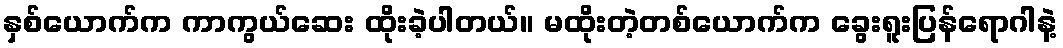
နှစ်ယောက်က ကာကွယ်ဆေး ထိုးခဲ့ပါတယ်။ မထိုးတဲ့တစ်ယောက်က ခွေးရူးပြန်ရောဂါနဲ့